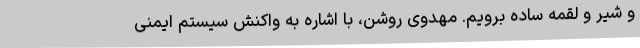
و شیر و لقمه ساده برویم. مهدوی روشن، با اشاره به واکنش سیستم ایمنی